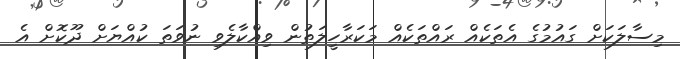
މިސާލަކަށް ގައުމުގެ އެތަކެއް ރައްތަކެއް މަކަރާހީލަތުން ވިއްކާލެވި ނުވަތަ ކުއްޔަށް ދޫކޮށް އެ